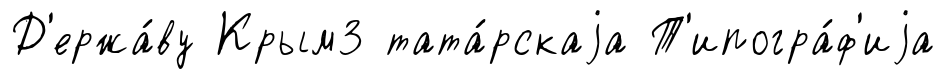
Д'ержа́ву Крым3 тата́рскаjа Т'ипогра́ф'иjа